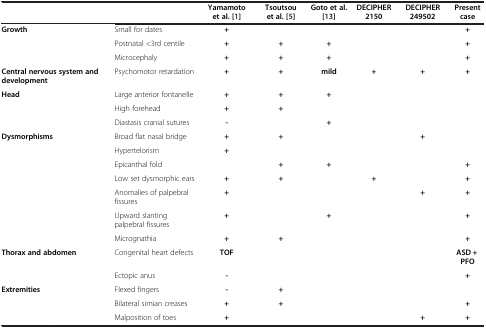
|  |  | Yamamoto et al.[1] | Tsoutsou et al.[5] | Goto et al.[13] | DECIPHER 2150 | DECIPHER 249502 | Present case |
 | --- | --- | --- | --- | --- | --- | --- | --- |
 | <ROWSPAN=3> Growth | Small for dates | + |  |  |  |  | + |
 | Postnatal <3rd centile | + | + | + |  |  | + |
 | Microcephaly | + | + | + |  |  | + |
 | Central nervous system and development | Psychomotor retardation | + | + | mild | + | + | + |
 | <ROWSPAN=3> Head | Large anterior fontanelle | + | + | + |  |  |  |
 | High forehead | + | + |  |  |  |  |
 | Diastasis cranial sutures | - |  | + |  |  |  |
 | <ROWSPAN=7> Dysmorphisms | Broad flat nasal bridge | + | + |  |  | + |  |
 | Hypertelorism | + |  |  |  |  |  |
 | Epicanthal fold |  | + | + |  |  | + |
 | Low set dysmorphic ears | + | + |  | + |  | + |
 | Anomalies of palpebral fissures | + |  |  |  | + | + |
 | Upward slanting palpebral fissures | + |  | + |  |  | + |
 | Micrognathia | + | + |  |  |  | + |
 | <ROWSPAN=2> Thorax and abdomen | Congenital heart defects | TOF |  |  |  |  | ASD + PFO |
 | Ectopic anus | - |  |  |  |  | + |
 | <ROWSPAN=2> Extremities | Flexed fingers | - | + |  |  |  |  |
 | Bilateral simian creases | + | + |  |  |  | + |
 |  | Malposition of toes | + |  |  |  | + | + |